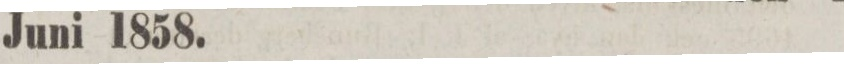
Juni 1858.